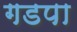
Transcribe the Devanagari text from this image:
गडपा